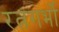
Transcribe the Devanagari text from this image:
रत्नगर्भो